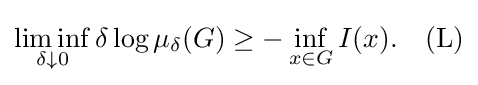
\liminf _{\delta \downarrow 0}\delta \log \mu _{\delta }(G)\geq -\inf _{x\in G}I(x).\quad {\mbox{(L)}}